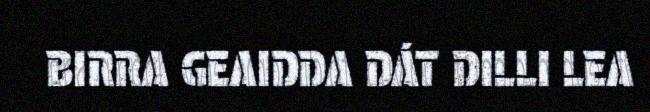
BIRRA GEAIDDA DÁT DILLI LEA